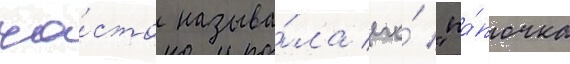
ча́сто называ́ла его́ "па́почка